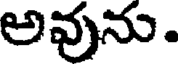
అవును.